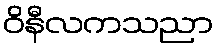
ဝိနီလကသညာ